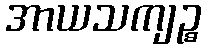
အာယသကျဉ္စ